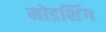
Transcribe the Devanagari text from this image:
मोडशिंग